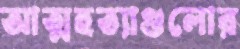
আত্মহত্যাগুলোর